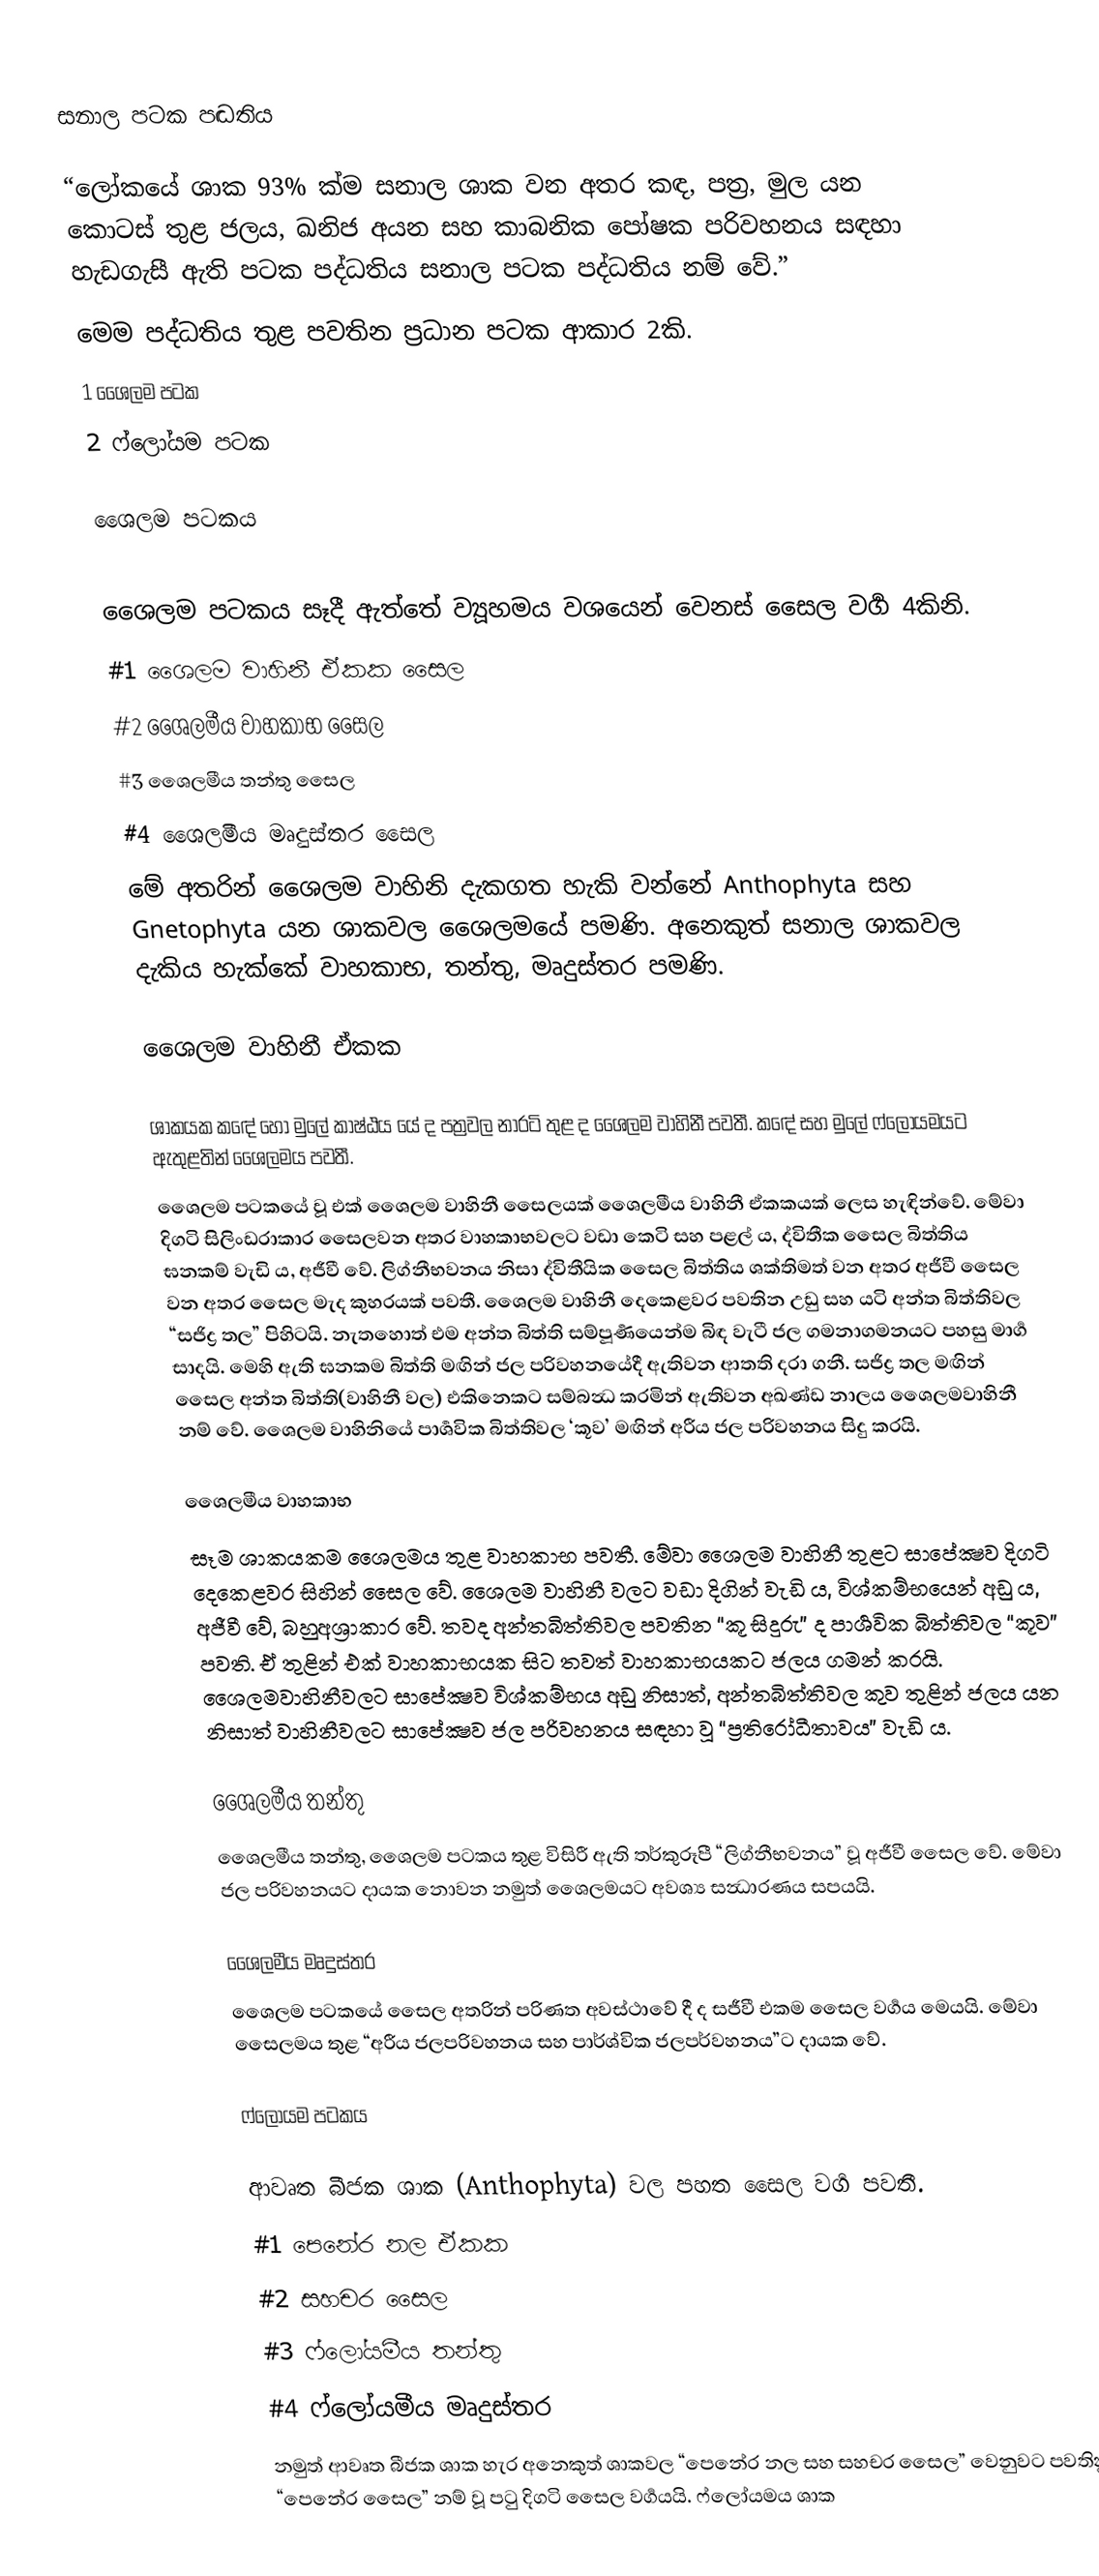
සනාල පටක පද්‍ධතිය

“ලෝකයේ ශාක 93% ක්ම සනාල ශාක වන අතර කඳ, පත්‍ර, මුල යන කොටස් තුළ ජලය, ඛනිජ අයන සහ කාබනික පෝෂක පරිවහනය සඳහා හැඩගැසී ඇති පටක පද්ධතිය සනාල පටක පද්ධතිය නම් වේ.”
මෙම පද්ධතිය තුළ පවතින ප්‍රධාන පටක ආකාර 2කි.
1 ශෛලම පටක
2 ෆ්ලෝයම පටක

ශෛලම පටකය

ශෛලම පටකය සෑදී ඇත්තේ ව්‍යූහමය වශයෙන් වෙනස් සෛල වර්‍ග 4කිනි.
 #1 ශෛලම වාහිනී ඒකක සෛල
 #2 ශෛලමීය වාහකාභ සෛල
 #3 ශෛලමීය තන්තු සෛල
 #4 ශෛලමීය මෘදුස්තර සෛල
මේ අතරින් ශෛලම වාහිනි දැකගත හැකි වන්නේ Anthophyta සහ Gnetophyta යන ශාකවල ශෛලමයේ පමණි. අනෙකුත් සනාල ශාකවල දැකිය හැක්කේ වාහකාභ, තන්තු, මෘදුස්තර පමණි.

ශෛලම වාහිනී ඒකක

ශාකයක කඳේ හෝ මුලේ කාෂ්ඨය යේ ද පත්‍රවල නාරටි තුළ ද ශෛලම වාහිනී පවතී. කඳේ සහ මුලේ ෆ්ලෝයමයට ඇතුළතින් ශෛලමය පවතී.
ශෛලම පටකයේ වූ එක් ශෛලම වාහිනී සෛලයක් ශෛලමීය වාහිනී ඒකකයක් ලෙස හැඳින්වේ. මේවා දිගටි සිලිංඩරාකාර සෛලවන අතර වාහකාභවලට වඩා කෙටි සහ පළල් ය, ද්විතීක සෛල බිත්තිය ඝනකම් වැඩි ය, අජීවී වේ. ලිග්නීභවනය නිසා ද්විතීයික සෛල බිත්තිය ශක්තිමත් වන අතර අජීවී සෛල වන අතර සෛල මැද කුහරයක් පවතී. ශෛලම වාහිනී දෙකෙළවර පවතින උඩු සහ යටි අන්ත බිත්තිවල “සජිද්‍ර තල” පිහිටයි. නැතහොත් එම අන්ත බිත්ති සම්පූර්‍ණයෙන්ම බිඳ වැටී ජල ගමනාගමනයට පහසු මාර්‍ග සාදයි. මෙහි ඇති ඝනකම බිත්ති මඟින් ජල පරිවහනයේදී ඇතිවන ආතති දරා ගනී. සජිද්‍ර තල මඟින් සෛල අන්ත බිත්ති(වාහිනී වල) එකිනෙකට සම්බන්‍ධ කරමින් ඇතිවන අඛණ්ඩ නාලය ශෛලමවාහිනී නම් වේ. ශෛලම වාහිනියේ පාර්‍ශවික බිත්තිවල ‘කූව’ මඟින් අරීය ජල පරිවහනය සිදු කරයි.

ශෛලමීය වාහකාභ
සෑම ශාකයකම ශෛලමය තුළ වාහකාභ පවතී. මේවා ශෛලම වාහිනී තුළට සාපේක්‍ෂව දිගටි දෙකෙළවර සිහින් සෛල වේ. ශෛලම වාහිනී වලට වඩා දිගින් වැඩි ය, විශ්කම්භයෙන් අඩු ය, අජීවී වේ, බහුඅශ්‍රාකාර වේ. තවද අන්තබිත්තිවල පවතින “කූ සිදුරු” ද පාර්‍ශවික බිත්තිවල “කූව” පවති. ඒ තුළින් එක් වාහකාභයක සිට තවත් වාහකාභයකට ජලය ගමන් කරයි. ශෛලමවාහිනීවලට සාපේක්‍ෂව විශ්කම්භය අඩු නිසාත්, අන්තබිත්තිවල කුව තුළින් ජලය යන නිසාත් වාහිනීවලට සාපේක්‍ෂව ජල පරිවහනය සඳහා වූ “ප්‍රතිරෝධීතාවය” වැඩි ය.

ශෛලමීය තන්තු
ශෛලමීය තන්තු, ශෛලම පටකය තුළ විසිරී ඇති තර්කුරූපී “ලිග්නීභවනය” වූ අජීවී සෛල වේ. මේවා ජල පරිවහනයට දායක නොවන නමුත් ශෛලමයට අවශ්‍ය සන්‍ධාරණය සපයයි.

ශෛලමීය මෘදුස්තර
ශෛලම පටකයේ සෛල අතරින් පරිණත අවස්ථාවේ දී ද සජීවී එකම සෛල වර්‍ගය මෙයයි. මේවා සෛලමය තුළ “අරීය ජලපරිවහනය සහ පාර්ශ්වික ජලපර්වහනය”ට දායක වේ.

ෆ්ලෝයම පටකය

ආවෘත බීජක ශාක (Anthophyta) වල පහත සෛල වර්‍ග පවතී.
 #1 පෙනේර නල ඒකක
 #2 සහචර සෛල
 #3 ෆ්ලෝයමීය තන්තු
 #4 ෆ්ලෝයමීය මෘදුස්තර
නමුත් ආවෘත බීජක ශාක හැර අනෙකුත් ශාකවල “පෙනේර නල සහ සහචර සෛල” වෙනුවට පවතිනුයේ “පෙනේර සෛල” නම් වූ පටු දිගටි සෛල වර්‍ගයයි. ෆ්ලෝයමය ශාක